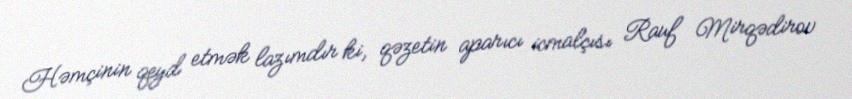
Həmçinin qeyd etmək lazımdır ki, qəzetin aparıcı icmalçısı Rauf Mirqədirov